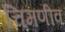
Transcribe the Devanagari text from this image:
चिमणीव